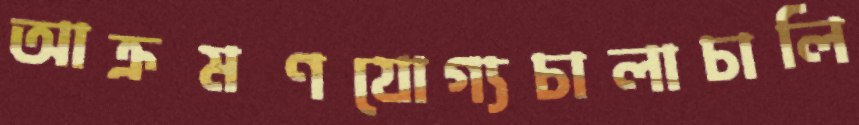
আক্রমণযোগ্যচালাচালি